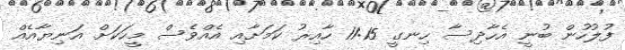
ފުލުހުން ބުނީ އެހާދިސާ ހިނގީ 11:15 ހާއިރު ކަމަށާއި އެއްވެސް މީހަކަށް އަނިޔާއެއް